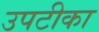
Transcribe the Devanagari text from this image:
उपटीका